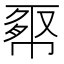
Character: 𢄉